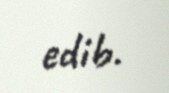
edib.